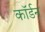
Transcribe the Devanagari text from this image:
कॉर्डन